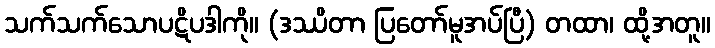
သက်သက်သောပဋိပဒါကို။ (ဒဿိတာ ပြတော်မူအပ်ပြီ) တထာ၊ ထို့အတူ။